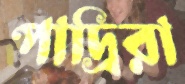
পাদ্রিরা